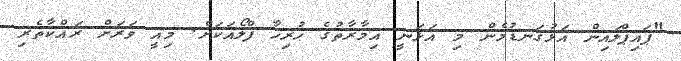
"ޕައިޕްލައިން އަޅުގަނޑުމެން މި އަޅަނީ އިމާރާތުގެ ހުރިހާ ފްލޯއަކަށް. މިއީ ވަރަށް ރައްކާތެރި